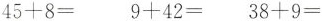
$$4 5 + 8 =$$ $$9 + 4 2 =$$ $$3 8 + 9 =$$